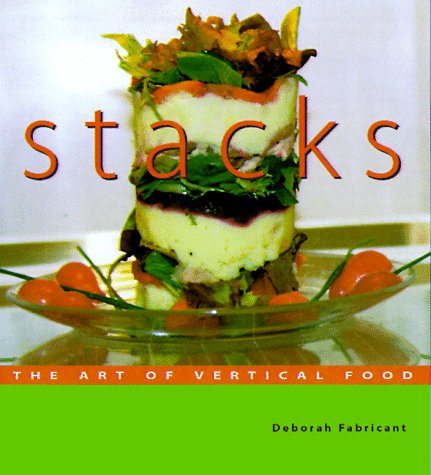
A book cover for Stacks: The Art of Vertical Food; Deborah Fabricant; Cookbooks, Food & Wine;